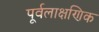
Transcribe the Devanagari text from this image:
पूर्वलाक्षणिक